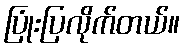
ပြုံးပြလိုက်တယ်။